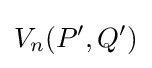
V_{n}(P',Q')